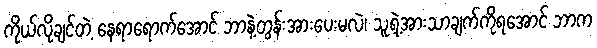
ကိုယ်လိုချင်တဲ့ နေရာရောက်အောင် ဘာနဲ့တွန်းအားပေးမလဲ၊ သူ့ရဲ့အားသာချက်ကိုရအောင် ဘာက